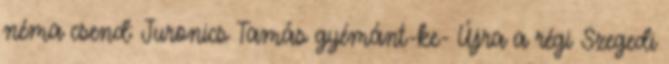
néma csend: Juronics Tamás gyémánt-ke- Újra a régi Szegedi